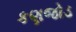
કણજોડ